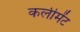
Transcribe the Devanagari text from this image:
कलीमेंट